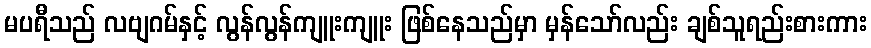
မပရီသည် လဗျဂမ်နှင့် လွန်လွန်ကျူးကျူး ဖြစ်နေသည်မှာ မှန်သော်လည်း ချစ်သူရည်းစားကား